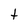
Character: t